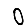
Digit: 0